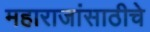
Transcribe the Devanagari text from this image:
महाराजांसाठीचे